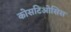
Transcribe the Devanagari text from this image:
कोसटिओसिस